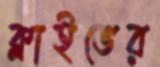
ক্লাইভের